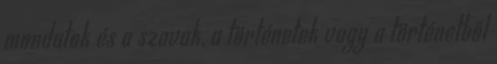
mondatok és a szavak, a történetek vagy a történetből